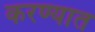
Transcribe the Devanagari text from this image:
करण्यात